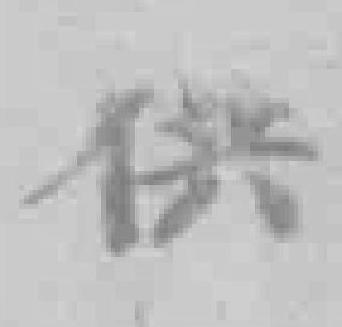
供